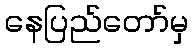
နေပြည်တော်မှ